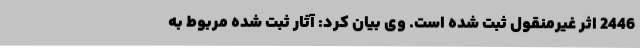
2446 اثر غیرمنقول ثبت شده است. وی بیان کرد: آثار ثبت شده مربوط به